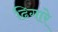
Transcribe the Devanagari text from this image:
ढिगारे